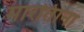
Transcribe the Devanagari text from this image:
मारतिाना